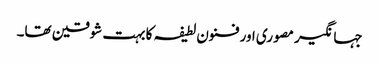
جہانگیر مصوری اور فنون لطیفہ کا بہت شوقین تھا۔